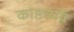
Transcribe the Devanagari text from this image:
काष्ठछवि